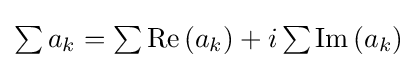
{\textstyle \sum a_{k}=\sum \operatorname {Re} \left(a_{k}\right)+i\sum \operatorname {Im} \left(a_{k}\right)}